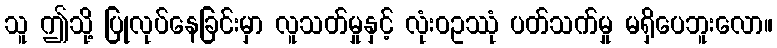
သူ ဤသို့ ပြုလုပ်နေခြင်းမှာ လူသတ်မှုနှင့် လုံးဝဥဿုံ ပတ်သက်မှု မရှိပေဘူးလော။